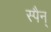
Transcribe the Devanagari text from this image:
स्पैन्